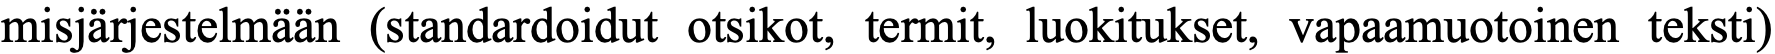
misjärjestelmään (standardoidut otsikot, termit, luokitukset, vapaamuotoinen teksti)